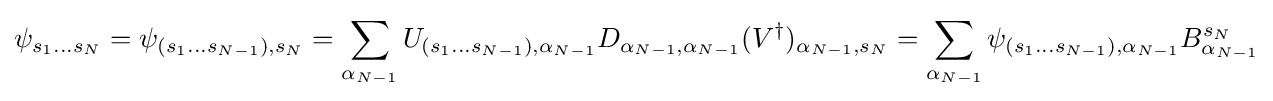
\psi _{s_{1}...s_{N}}=\psi _{(s_{1}...s_{N-1}),s_{N}}=\sum _{\alpha _{N-1}}U_{(s_{1}...s_{N-1}),\alpha _{N-1}}D_{\alpha _{N-1},\alpha _{N-1}}(V^{\dagger })_{\alpha _{N-1},s_{N}}=\sum _{\alpha _{N-1}}\psi _{(s_{1}...s_{N-1}),\alpha _{N-1}}B_{\alpha _{N-1}}^{s_{N}}